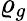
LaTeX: \varrho_{g}